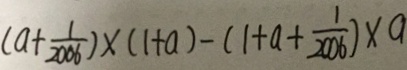
( a + \frac { 1 } { 2 0 0 6 } ) \times ( 1 + a ) - ( 1 + a + \frac { 1 } { 2 0 0 6 } ) \times a